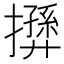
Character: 𢶛